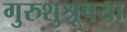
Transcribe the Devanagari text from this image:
गुरुशुश्रूषया